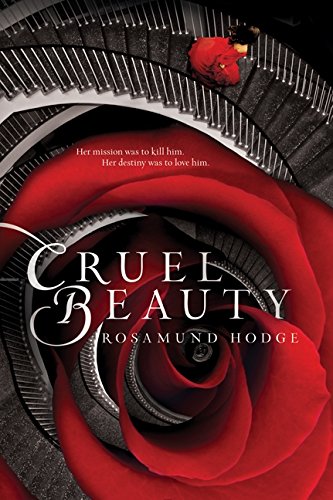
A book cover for Cruel Beauty; Rosamund Hodge; Teen & Young Adult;